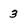
Character: 5